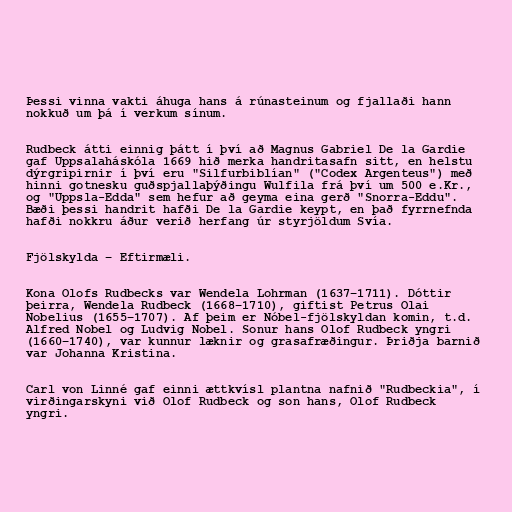
Þessi vinna vakti áhuga hans á rúnasteinum og fjallaði hann
nokkuð um þá í verkum sínum.

Rudbeck átti einnig þátt í því að Magnus Gabriel De la Gardie
gaf Uppsalaháskóla 1669 hið merka handritasafn sitt, en helstu
dýrgripirnir í því eru "Silfurbiblían" ("Codex Argenteus") með
hinni gotnesku guðspjallaþýðingu Wulfila frá því um 500 e.Kr.,
og "Uppsla-Edda" sem hefur að geyma eina gerð "Snorra-Eddu".
Bæði þessi handrit hafði De la Gardie keypt, en það fyrrnefnda
hafði nokkru áður verið herfang úr styrjöldum Svía.

Fjölskylda – Eftirmæli.

Kona Olofs Rudbecks var Wendela Lohrman (1637–1711). Dóttir
þeirra, Wendela Rudbeck (1668–1710), giftist Petrus Olai
Nobelius (1655–1707). Af þeim er Nóbel-fjölskyldan komin, t.d.
Alfred Nobel og Ludvig Nobel. Sonur hans Olof Rudbeck yngri
(1660–1740), var kunnur læknir og grasafræðingur. Þriðja barnið
var Johanna Kristina.

Carl von Linné gaf einni ættkvísl plantna nafnið "Rudbeckia", í
virðingarskyni við Olof Rudbeck og son hans, Olof Rudbeck
yngri.